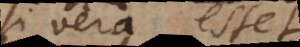
si vera esset